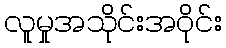
လူမှုအသိုင်းအဝိုင်း